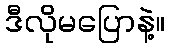
ဒီလိုမပြောနဲ့။